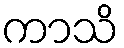
ကာသိ